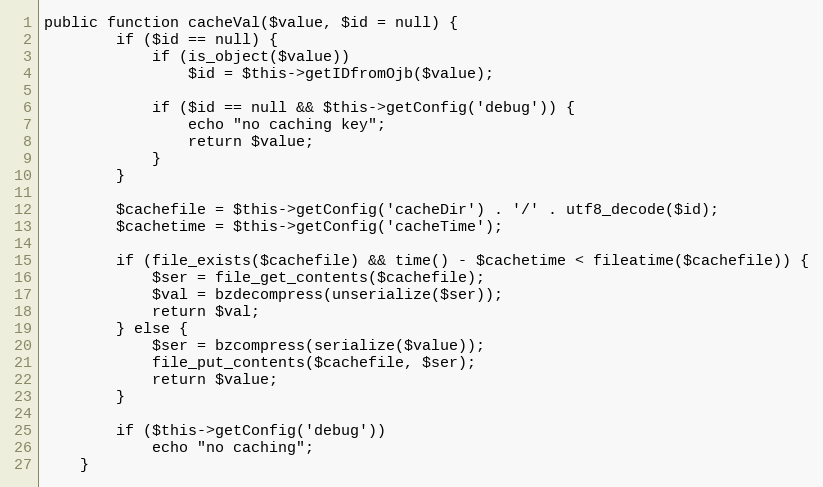
Language: PHP
public function cacheVal($value, $id = null) {
        if ($id == null) {
            if (is_object($value))
                $id = $this->getIDfromOjb($value);

            if ($id == null && $this->getConfig('debug')) {
                echo "no caching key";
                return $value;
            }
        }

        $cachefile = $this->getConfig('cacheDir') . '/' . utf8_decode($id);
        $cachetime = $this->getConfig('cacheTime');

        if (file_exists($cachefile) && time() - $cachetime < fileatime($cachefile)) {
            $ser = file_get_contents($cachefile);
            $val = bzdecompress(unserialize($ser));
            return $val;
        } else {
            $ser = bzcompress(serialize($value));
            file_put_contents($cachefile, $ser);
            return $value;
        }

        if ($this->getConfig('debug'))
            echo "no caching";
    }